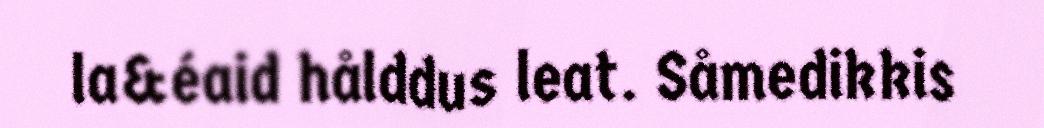
la&éaid hålddus leat. Såmedikkis